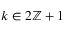
k \in 2 \ensuremath { \mathbb { Z } } + 1